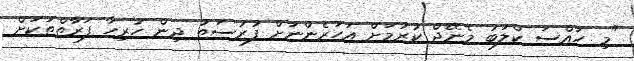
"މި ހާއްސަ ކްލަބު މެނޭޖް ކުރުމަށް އަހަރެންނަށް ފުރުސަތު ދިން ހުރިހާ ފަރާތްތަކަށް